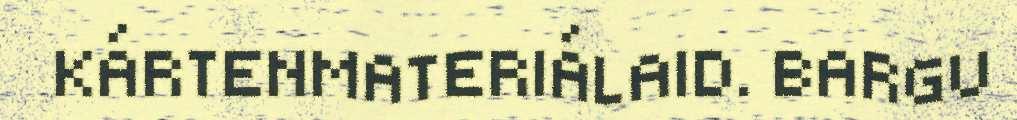
KÁRTENMATERIÁLAID. BARGU